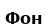
Фон